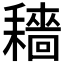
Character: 𱻶